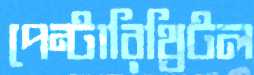
পেন্টারিথ্রিটল